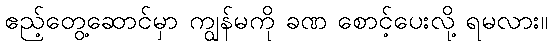
ဧည့်တွေ့ဆောင်မှာ ကျွန်မကို ခဏ စောင့်ပေးလို့ ရမလား။